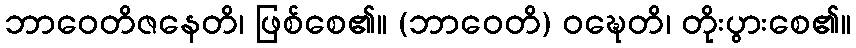
ဘာဝေတိဇနေတိ၊ ဖြစ်စေ၏။ (ဘာဝေတိ) ဝဍ္ဎေတိ၊ တိုးပွားစေ၏။